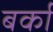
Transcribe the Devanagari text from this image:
बर्का